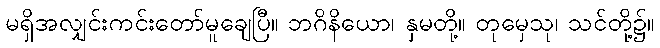
မရှိအလျှင်းကင်းတော်မူချေပြီ။ ဘဂိနိယော၊ နှမတို့။ တုမှေသု၊ သင်တို့၌။